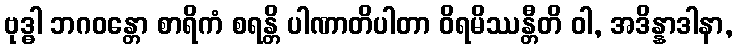
ဗုဒ္ဓါ ဘဂဝန္တော စာရိကံ စရန္တိ ပါဏာတိပါတာ ဝိရမိဿန္တီတိ ဝါ, အဒိန္နာဒါနာ,